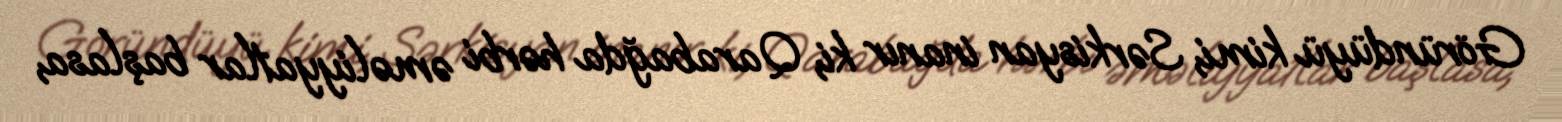
Göründüyü kimi, Sərkisyan inanır ki, Qarabağda hərbi əməliyyatlar başlasa,